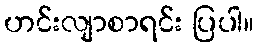
ဟင်းလျာစာရင်း ပြပါ။